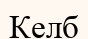
Келб